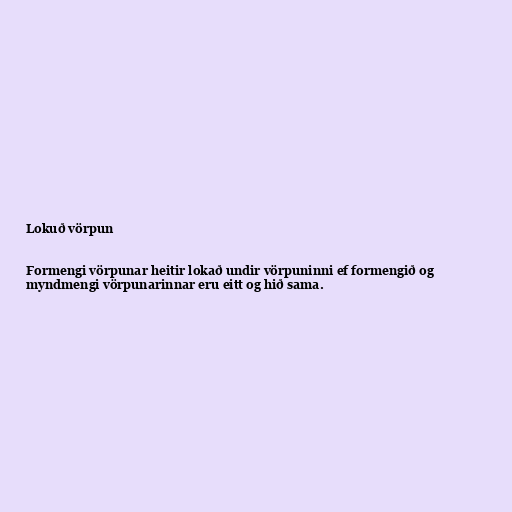
Lokuð vörpun

Formengi vörpunar heitir lokað undir vörpuninni ef formengið og
myndmengi vörpunarinnar eru eitt og hið sama.